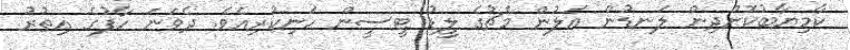
ކާމިޔާބުކޮށްދިން ލަނޑުން އަލުން މެޗުގެ ލީޑު ޓީސީން ހަނިކުރިއެވެ. ދެވަނަ ހާފުގެ އިތުރު